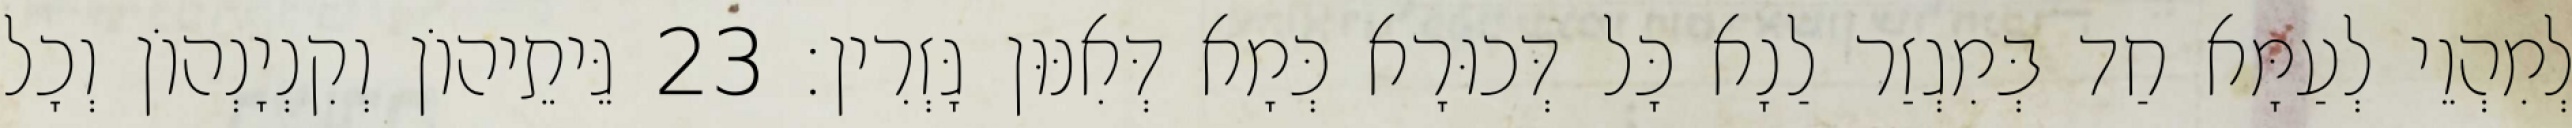
לְמִהְוֵי לְעַמָּא חַד בְּמִגְזַר לַנָא כָּל דְּכוּרָא כְּמָא דְּאִנּוּן גָּזְרִין׃ 23 גֵּיתֵיהוֹן וְקִנְיָנְהוֹן וְכָל